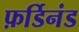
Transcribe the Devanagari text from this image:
फ़र्डिनंड